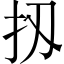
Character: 扨